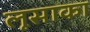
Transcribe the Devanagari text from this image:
लूसाका